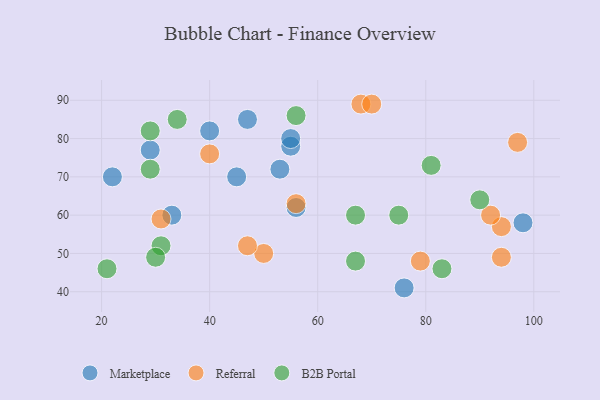
{"axis": {"x": "GDP", "y": "Life Expectancy"}, "legend": ["B2B Portal", "Marketplace", "Referral"], "data": [{"x": "98", "y": 58, "type": "Marketplace"}, {"x": "33", "y": 60, "type": "Marketplace"}, {"x": "53", "y": 72, "type": "Marketplace"}, {"x": "22", "y": 70, "type": "Marketplace"}, {"x": "40", "y": 82, "type": "Marketplace"}, {"x": "55", "y": 78, "type": "Marketplace"}, {"x": "45", "y": 70, "type": "Marketplace"}, {"x": "47", "y": 85, "type": "Marketplace"}, {"x": "56", "y": 62, "type": "Marketplace"}, {"x": "55", "y": 80, "type": "Marketplace"}, {"x": "29", "y": 77, "type": "Marketplace"}, {"x": "76", "y": 41, "type": "Marketplace"}, {"x": "50", "y": 50, "type": "Referral"}, {"x": "68", "y": 89, "type": "Referral"}, {"x": "47", "y": 52, "type": "Referral"}, {"x": "56", "y": 63, "type": "Referral"}, {"x": "79", "y": 48, "type": "Referral"}, {"x": "94", "y": 49, "type": "Referral"}, {"x": "94", "y": 57, "type": "Referral"}, {"x": "70", "y": 89, "type": "Referral"}, {"x": "92", "y": 60, "type": "Referral"}, {"x": "97", "y": 79, "type": "Referral"}, {"x": "40", "y": 76, "type": "Referral"}, {"x": "31", "y": 59, "type": "Referral"}, {"x": "29", "y": 72, "type": "B2B Portal"}, {"x": "75", "y": 60, "type": "B2B Portal"}, {"x": "83", "y": 46, "type": "B2B Portal"}, {"x": "67", "y": 60, "type": "B2B Portal"}, {"x": "81", "y": 73, "type": "B2B Portal"}, {"x": "34", "y": 85, "type": "B2B Portal"}, {"x": "29", "y": 82, "type": "B2B Portal"}, {"x": "31", "y": 52, "type": "B2B Portal"}, {"x": "56", "y": 86, "type": "B2B Portal"}, {"x": "90", "y": 64, "type": "B2B Portal"}, {"x": "21", "y": 46, "type": "B2B Portal"}, {"x": "67", "y": 48, "type": "B2B Portal"}, {"x": "30", "y": 49, "type": "B2B Portal"}]}